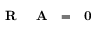
\textrm { \textbf { R } } \textrm { \textbf { A } } = \textrm { \textbf { 0 } }